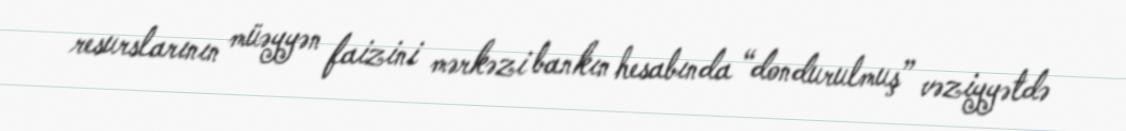
resurslarının müəyyən faizini mərkəzi bankın hesabında “dondurulmuş” vəziyyətdə